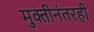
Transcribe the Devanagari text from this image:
मुक्तीनंतरही